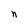
Character: n